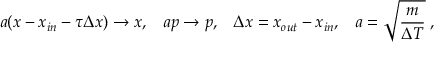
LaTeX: a ( x - x _ { i n } - \tau \Delta x ) \rightarrow x , \; \; \; a p \rightarrow p , \; \; \; \Delta x = x _ { o u t } - x _ { i n } , \; \; \; a = \sqrt { \frac { m } { \Delta T } } \; ,